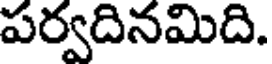
పర్వదినమిది.